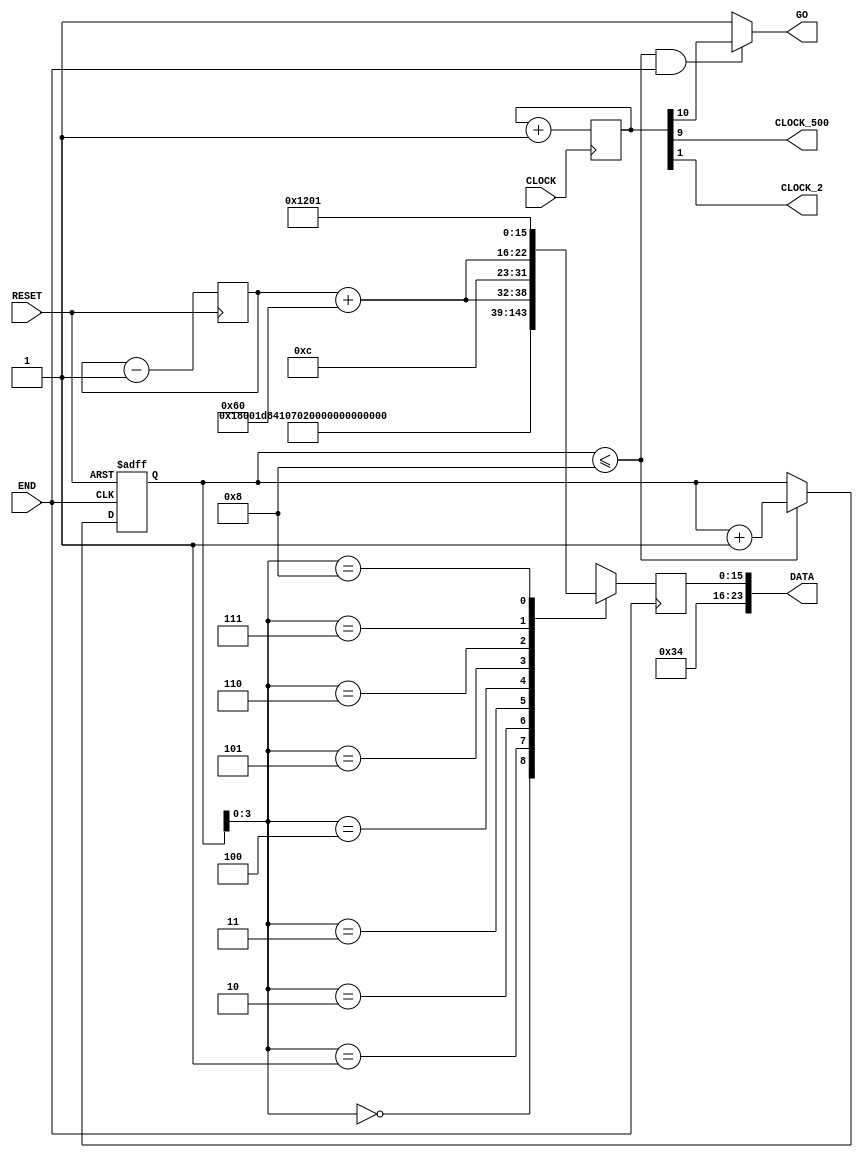
// --------------------------------------------------------------------
// Copyright (c) 2010 by Terasic Technologies Inc. 
// --------------------------------------------------------------------
//
// Permission:
//
//   Terasic grants permission to use and modify this code for use
//   in synthesis for all Terasic Development Boards and Altrea Development 
//   Kits made by Terasic.  Other use of this code, including the selling 
//   ,duplication, or modification of any portion is strictly prohibited.
//
// Disclaimer:
//
//   This VHDL or Verilog source code is intended as a design reference
//   which illustrates how these types of functions can be implemented.
//   It is the user's responsibility to verify their design for
//   consistency and functionality through the use of formal
//   verification methods.  Terasic provides no warranty regarding the use 
//   or functionality of this code.
//
// --------------------------------------------------------------------
//           
//                     Terasic Technologies Inc
//                     356 Fu-Shin E. Rd Sec. 1. JhuBei City,
//                     HsinChu County, Taiwan
//                     302
//
//                     web: http://www.terasic.com/
//
// --------------------------------------------------------------------
//
// Major Functions: I2C output data
//
// --------------------------------------------------------------------
//
// Revision History :
// --------------------------------------------------------------------
//   Ver  :| Author             :| Mod. Date :| Changes Made:
//   V1.0 :| Allen Wang         :| 03/24/10  :| Initial Revision
// --------------------------------------------------------------------
`define rom_size 6'd8

module CLOCK_500 (
	              CLOCK,
 	              CLOCK_500,
	              DATA,
	              END,
	              RESET,
	              GO,
	              CLOCK_2
                 );
//=======================================================
//  PORT declarations
//=======================================================                
	input  		 	CLOCK;
	input 		 	END;
	input 		 	RESET;
	
	output		    CLOCK_500;
	output 	[23:0]	DATA;
	output 			GO;
	output 			CLOCK_2;


	reg  	[10:0]	COUNTER_500;
	reg  	[15:0]	ROM[`rom_size:0];
	reg  	[15:0]	DATA_A;
	reg  	[5:0]	address;

wire  CLOCK_500=COUNTER_500[9];
wire  CLOCK_2=COUNTER_500[1];
wire [23:0]DATA={8'h34,DATA_A};	
wire  GO =((address <= `rom_size) && (END==1))? COUNTER_500[10]:1;
//=============================================================================
// Structural coding
//=============================================================================

always @(negedge RESET or posedge END) 
	begin
		if (!RESET)
			begin
				address=0;
			end
		else if (address <= `rom_size)
				begin
					address=address+1;
				end
	end

reg [4:0] vol;
wire [6:0] volume;
always @(posedge RESET) 
	begin
		vol=vol-1;
	end
assign volume = vol+96;
always @(posedge END) 
	begin
	//	ROM[0] = 16'h1e00;
		ROM[0] = 16'h0c00;	    			 //power down
		ROM[1] = 16'h0ec2;	   		    	 //master
		ROM[2] = 16'h0838;	    			 //sound select
	
		ROM[3] = 16'h1000;					 //mclk
	
		ROM[4] = 16'h0017;					 //
		ROM[5] = 16'h0217;					 //
		ROM[6] = {8'h04,1'b0,volume[6:0]};		 //
		ROM[7] = {8'h06,1'b0,volume[6:0]};	     //sound vol
	
		//ROM[4]= 16'h1e00;		             //reset	
		ROM[`rom_size]= 16'h1201;            //active
		DATA_A=ROM[address];
	end

always @(posedge CLOCK ) 
	begin
		COUNTER_500=COUNTER_500+1;
	end

endmodule